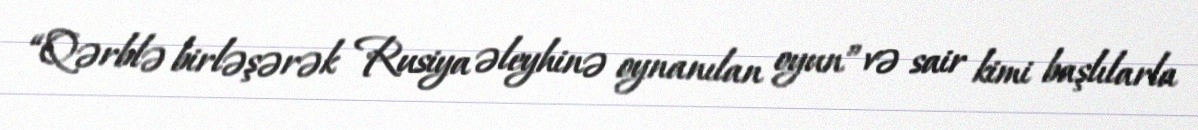
“Qərblə birləşərək Rusiya əleyhinə oynanılan oyun” və sair kimi başlılarla